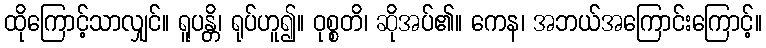
ထိုကြောင့်သာလျှင်။ ရူပန္တိ၊ ရုပ်ဟူ၍။ ဝုစ္စတိ၊ ဆိုအပ်၏။ ကေန၊ အဘယ်အကြောင်းကြောင့်။